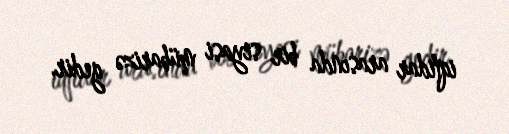
iqtidar arasında bir siyasi mübarizə gedir.